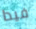
فيدا